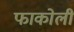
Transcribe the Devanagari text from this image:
फाकोली